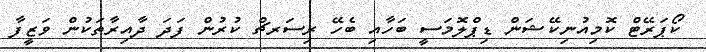
ކޯޕަރޭޓް ކޮމިއުނިކޭޝަން ޑިޕްލޮމަސީ ބަހާއި ބެހޭ ރިސަރޗް ކުރުން ފަދަ ދާއިރާތަކުން ވަޒީފާ